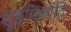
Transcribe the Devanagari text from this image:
शुङ्गमिश्यति।